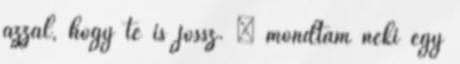
azzal, hogy te is jössz. – mondtam neki egy